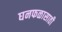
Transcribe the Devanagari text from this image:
घनफळासाठी